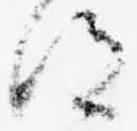
得